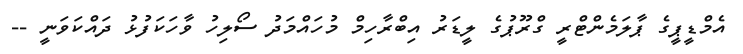
އެމްޑީޕީގެ ޕާލަމެންޓްރީ ގްރޫޕުގެ ލީޑަރު އިބްރާހިމް މުހައްމަދު ސޯލިހު ވާހަކަފުޅު ދައްކަވަނީ --